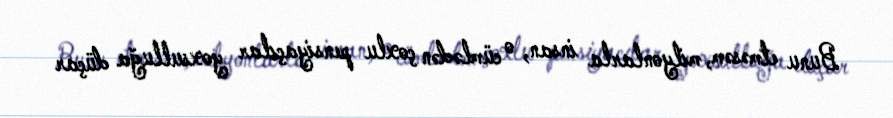
Bunu etməsəm, milyonlarla insan, o cümlədən çoxlu pensiyaçılar yoxsulluğa düçar